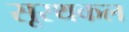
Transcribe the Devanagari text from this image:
सूरथकल